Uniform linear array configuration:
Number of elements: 64
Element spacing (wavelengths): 1
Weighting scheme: kaiser
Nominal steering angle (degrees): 45
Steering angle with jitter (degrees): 45.609
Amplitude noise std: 0.05
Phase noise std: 0.05

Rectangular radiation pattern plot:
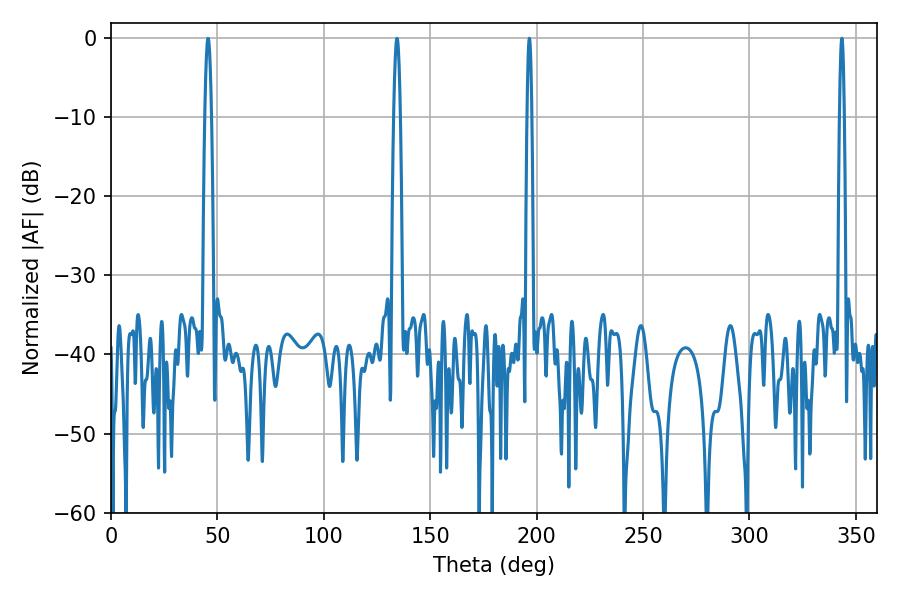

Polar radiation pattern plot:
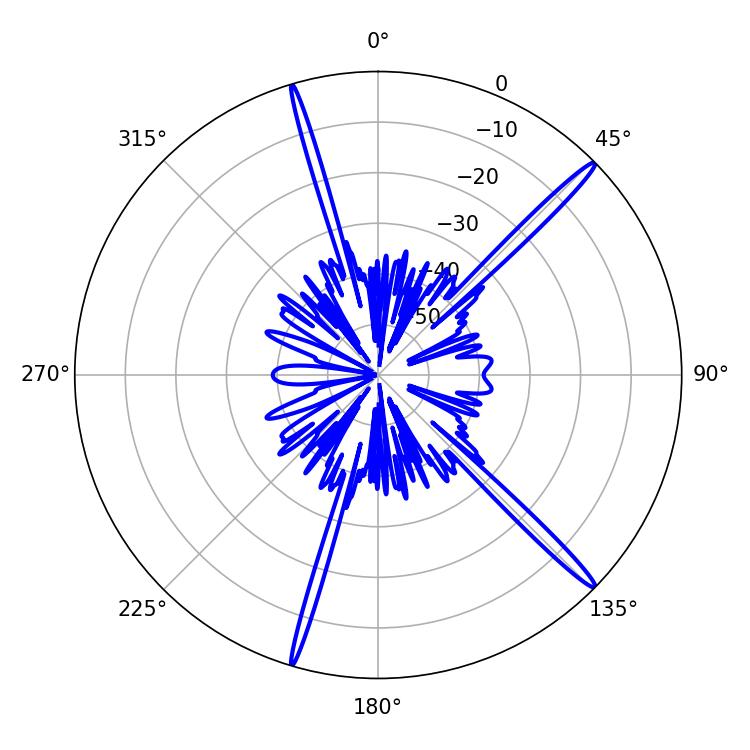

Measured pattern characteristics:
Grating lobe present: TRUE
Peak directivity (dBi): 17.719
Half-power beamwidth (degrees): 1.08
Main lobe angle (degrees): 196.56